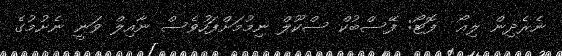
ނެރެދިން ލިއޯ  ފޮޓޯ: ފޭސްބުކް ސްކޫލް ނިމުމަށްފަހުވެސް ނާއިލް ވަނީ ނެށުމުގެ